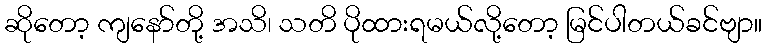
ဆိုတော့ ကျနော်တို့ အသိ၊ သတိ ပိုထားရမယ်လို့တော့ မြင်ပါတယ်ခင်ဗျာ။